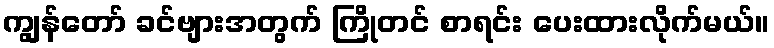
ကျွန်တော် ခင်ဗျားအတွက် ကြိုတင် စာရင်း ပေးထားလိုက်မယ်။